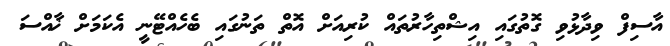
އާސިފް ވިދާޅުވި ގޮތުގައި އިޝްތިހާރުތައް ކުރިއަށް އޮތް ތަނުގައި ބެހެއްޓޭނީ އެކަމަށް ޚާއްސަ